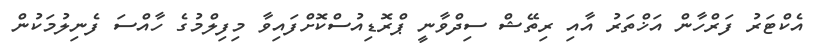
އެކްޓަރު ފަރްހާން އަޚްތަރު އާއި ރިތޭޝް ސިދްވާނީ ޕްރޮޑިއުސްކޮށްފައިވާ މިފިލްމުގެ ހާއްސަ ފެނިލުމަކުން